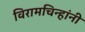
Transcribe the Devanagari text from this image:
विरामचिन्हांनी